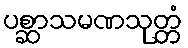
ပစ္ဆာသမဏသုတ္တံ